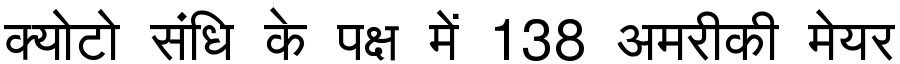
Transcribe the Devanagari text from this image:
क्योटो संधि के पक्ष में 138 अमरीकी मेयर